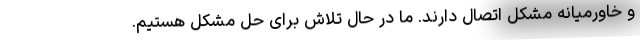
و خاورمیانه مشکل اتصال دارند. ما در حال تلاش برای حل مشکل هستیم.